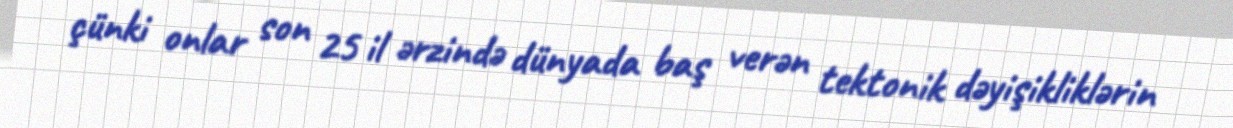
çünki onlar son 25 il ərzində dünyada baş verən tektonik dəyişikliklərin